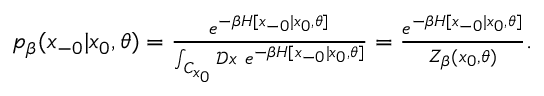
\begin{array} { r } { p _ { \beta } ( x _ { - 0 } | x _ { 0 } , \theta ) = \frac { e ^ { - \beta H [ x _ { - 0 } | x _ { 0 } , \theta ] } } { \int _ { C _ { x _ { 0 } } } \mathcal { D } x \ e ^ { - \beta H [ x _ { - 0 } | x _ { 0 } , \theta ] } } = \frac { e ^ { - \beta H [ x _ { - 0 } | x _ { 0 } , \theta ] } } { Z _ { \beta } ( x _ { 0 } , \theta ) } . } \end{array}